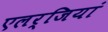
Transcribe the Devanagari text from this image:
एलर्जियां